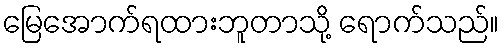
မြေအောက်ရထားဘူတာသို့ ရောက်သည်။